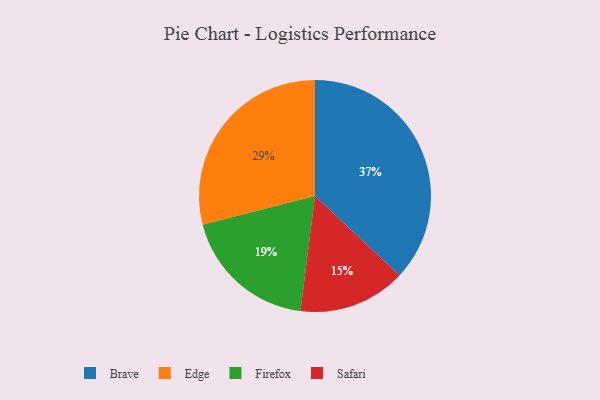
{"axis": {"x": "Category", "y": "Percentage"}, "legend": ["Brave", "Edge", "Firefox", "Safari"], "data": [{"x": "Edge", "y": 29, "type": "Edge"}, {"x": "Brave", "y": 37, "type": "Brave"}, {"x": "Firefox", "y": 19, "type": "Firefox"}, {"x": "Safari", "y": 15, "type": "Safari"}]}